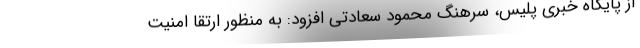
از پایگاه خبری پلیس، سرهنگ محمود سعادتی افزود: به منظور ارتقا امنیت